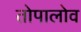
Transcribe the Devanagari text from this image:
तोपालोव